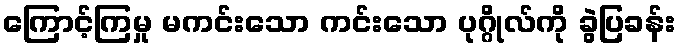
ကြောင့်ကြမှု မကင်းသော ကင်းသော ပုဂ္ဂိုလ်ကို ခွဲပြခန်း